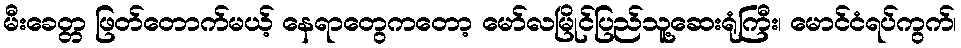
မီးခေတ္တ ဖြတ်တောက်မယ့် နေရာတွေကတော့ မော်လမြိုင်ပြည်သူ့ဆေးရုံကြီး၊ မောင်ငံရပ်ကွက်၊